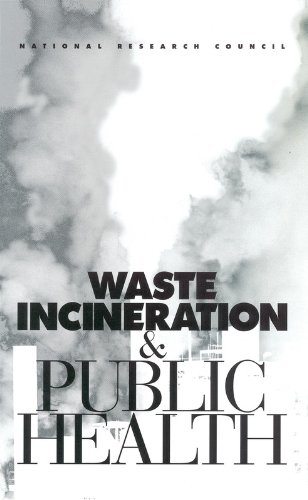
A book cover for Waste Incineration & Public Health; Board on Environmental Studies and Toxicology; Science & Math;